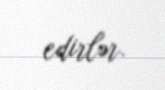
edirlər.